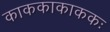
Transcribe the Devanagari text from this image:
काककाकाककः